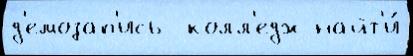
д'емозап'ись  колл'едж найт'и́